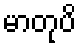
မာတုပိ